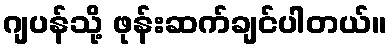
ဂျပန်သို့ ဖုန်းဆက်ချင်ပါတယ်။